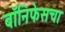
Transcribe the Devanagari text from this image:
बॉनिफेसचा